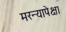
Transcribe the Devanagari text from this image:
मरन्यापेक्षा